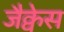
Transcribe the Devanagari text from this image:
जैक्वेस